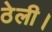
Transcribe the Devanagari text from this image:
ठेली।